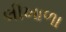
લીખાળા